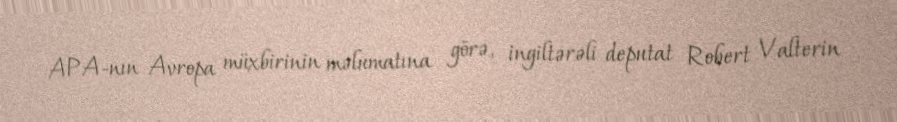
APA-nın Avropa müxbirinin məlumatına görə, ingiltərəli deputat Robert Valterin